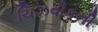
ચિઝવીકની